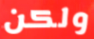
ولكن